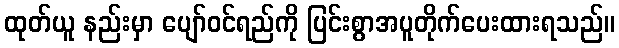
ထုတ်ယူ နည်းမှာ ပျော်ဝင်ရည်ကို ပြင်းစွာအပူတိုက်ပေးထားရသည်။